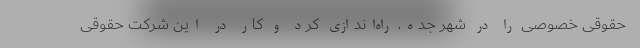
حقوقی خصوصی را در شهر جده، راه‌اندازی کرد و کار در این شرکت حقوقی